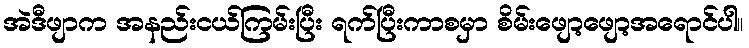
အဲဒီဖျာက အနည်းငယ်ကြမ်းပြီး ရက်ပြီးကာစမှာ စိမ်းဖျော့ဖျော့အရောင်ပါ။